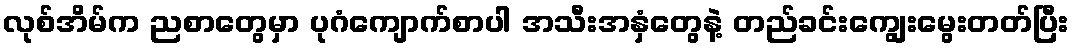
လုစ်အိမ်က ညစာတွေမှာ ပုဂံကျောက်စာပါ အသီးအနှံတွေနဲ့ တည်ခင်းကျွေးမွေးတတ်ပြီး